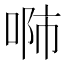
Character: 𠶴